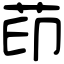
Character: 茚